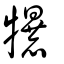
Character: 犦